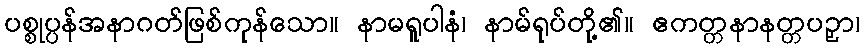
ပစ္စုပ္ပန်အနာဂတ်ဖြစ်ကုန်သော။ နာမရူပါနံ၊ နာမ်ရုပ်တို့၏။ ဧကတ္တနာနတ္တပဉှာ၊